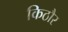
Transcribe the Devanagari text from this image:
किठौर